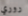
روري